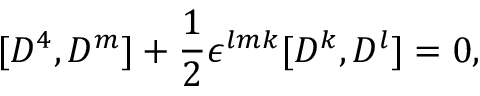
[ D ^ { 4 } , D ^ { m } ] + { \frac { 1 } { 2 } } \epsilon ^ { l m k } [ D ^ { k } , D ^ { l } ] = 0 ,